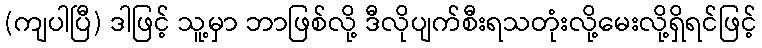
(ကျပါပြီ) ဒါဖြင့် သူ့မှာ ဘာဖြစ်လို့ ဒီလိုပျက်စီးရသတုံးလို့မေးလို့ရှိရင်ဖြင့်